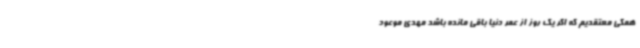
همگی معتقدیم که اگر یک روز از عمر دنیا باقی مانده باشد مهدی موعود